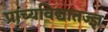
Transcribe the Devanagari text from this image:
प्राच्यविद्यातज्ज्ञ